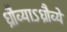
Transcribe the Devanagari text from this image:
ध्रौव्याऽध्रौव्ये